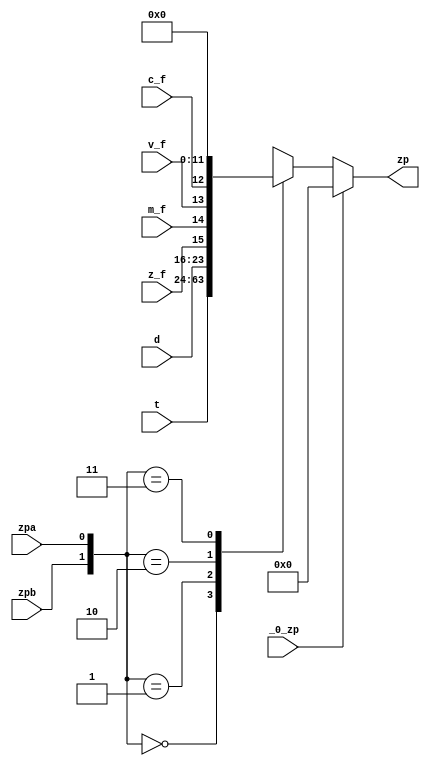
module zp(
	input _0_zp,
	input zpa,
	input zpb,
	input [0:39] t,
	input [0:7] d,
	input z_f,
	input m_f,
	input v_f,
	input c_f,
	output [0:15] zp
);

	always @ (*) begin
		if (_0_zp) zp <= 16'd0;
		else case ({zpb, zpa})
			2'b00: zp <= t[0:15];
			2'b01: zp <= t[16:31];
			2'b10: zp <= {t[32:39], d[0:7]};
			2'b11: zp <= {z_f, m_f, v_f, c_f, 12'd0};
		endcase
	end

endmodule